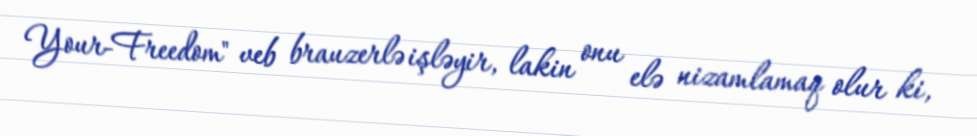
Your-Freedom" veb brauzerlə işləyir, lakin onu elə nizamlamaq olur ki,